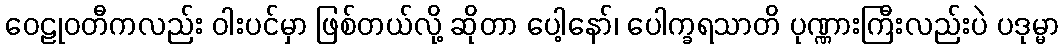
ဝေဠုဝတီကလည်း ဝါးပင်မှာ ဖြစ်တယ်လို့ ဆိုတာ ပေါ့နော်၊ ပေါက္ခရသာတိ ပုဏ္ဏားကြီးလည်းပဲ ပဒုမ္မာ